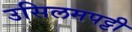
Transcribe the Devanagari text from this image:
उसिलमपट्टी